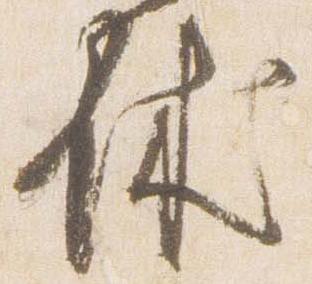
休